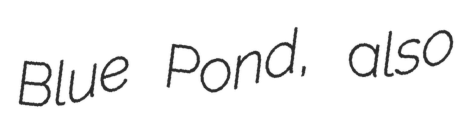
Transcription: Blue Pond, also